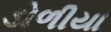
ડોળીયા